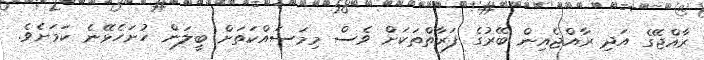
ރާއްޖޭގެ އަދި ރާއްޖެއިން ބޭރުގެ ފަރާތްތަކަށް ވެސް މިމަސައްކަތަށް ބީލަން ހުށަހެޅޭނެ ކަމަށެވެ.